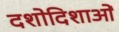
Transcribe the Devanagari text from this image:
दशोदिशाओं